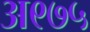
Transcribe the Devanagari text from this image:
अ९७५